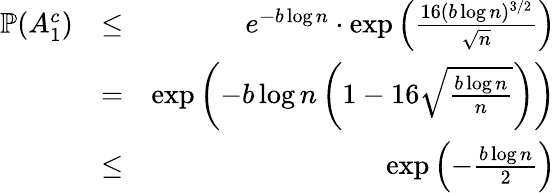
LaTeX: \begin{array}{rlr}{\mathbb{P}(A_{1}^{c})}&{\leq}&{e^{-b\log{n}}\cdot\exp\left(\frac{16(b\log{n})^{3/2}}{\sqrt{n}}\right)}\\ &{=}&{\exp\left(-b\log{n}\left(1-16\sqrt{\frac{b\log{n}}{n}}\right)\right)}\\ &{\leq}&{\exp\left(-\frac{b\log{n}}{2}\right)}\end{array}